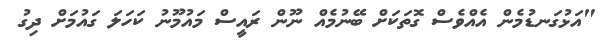
"އަޅުގަނޑުމެން އެއްވެސް ގޮތަކަށް ބޭނުމެއް ނޫން ރައީސް މައުމޫނު ކަހަލަ ގައުމަށް ދިގު